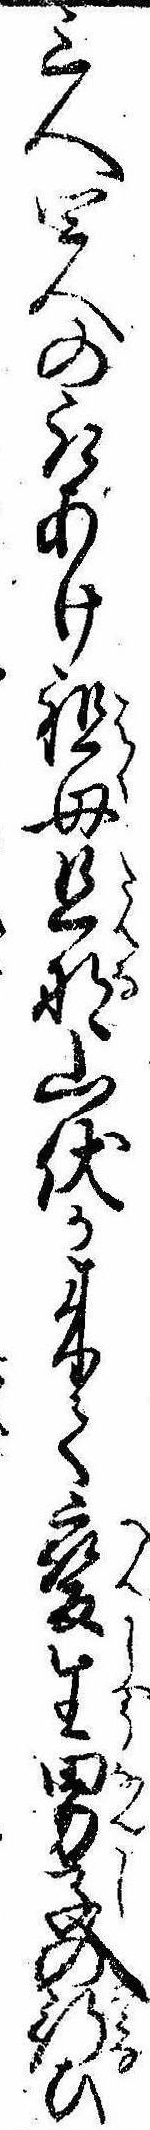
三人四人の取あけ祖母旦那山伏か来て変生男子の行ひ